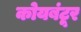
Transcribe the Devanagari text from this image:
कोयबंटूर